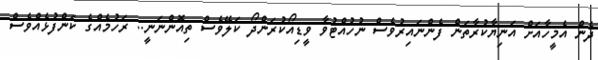
ދެން އެމީހާއަށް އަނިޔާކުރާތަން ފެންނައިރުވެސް ނުހުއްޓުވާ ވީޑިއޯކުރަންދޯ ކަލޭވެސް ތިއޮންނަނީ.. ރަހުމެއްގެ ކަންފުޅެއްވެސް